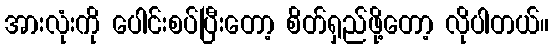
အားလုံးကို ပေါင်းစပ်ပြီးတော့ စိတ်ရှည်ဖို့တော့ လိုပါတယ်။